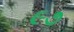
૯૭